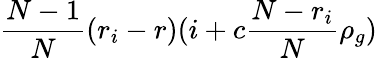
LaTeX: \frac{N-1}{N}(r_{i}-r)(i+c\frac{N-r_{i}}{N}\rho_{g})